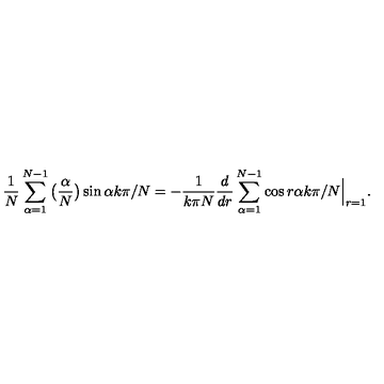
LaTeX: \frac { 1 } { N } \sum _ { \alpha = 1 } ^ { N - 1 } \big ( \frac { \alpha } { N } \big ) \sin \alpha k \pi / N = - \frac { 1 } { k \pi N } \frac { d } { d r } \sum _ { \alpha = 1 } ^ { N - 1 } \cos r \alpha k \pi / N \Big | _ { r = 1 } .